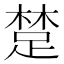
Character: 䠂